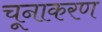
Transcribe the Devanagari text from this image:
चूनाकरण